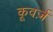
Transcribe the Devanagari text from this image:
कूवर्ज़